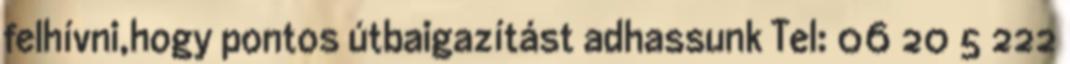
felhívni,hogy pontos útbaigazítást adhassunk Tel: 06 20 5 222